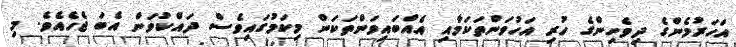
އަހަރުމެންގެ ދިވެހިންގެ ހުރި އަހުވަންތަކަމާއި އެއްބައިވަންތަކަން މިކަމުގައިވެސް ދައްކުވަން އެބަ ޖެހެއެވެ. މި